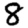
Digit: 8